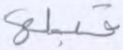
قبلها